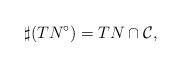
LaTeX: \begin{align*} \sharp (TN^{\circ})=TN \cap \mathcal{C},\end{align*}